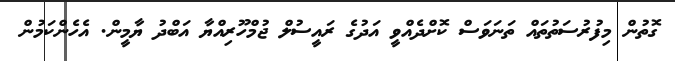
ގޮތުން މިފުރުސަތުތައް ތަނަވަސް ކޮށްދެއްވީ އަދުގެ ރައީސުލް ޖުމްހޫރިއްޔާ އަބްދު ޔާމީން. އެހެންކަމުން